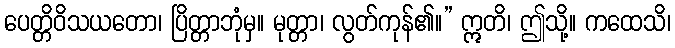
ပေတ္တိဝိသယတော၊ ပြိတ္တာဘုံမှ။ မုတ္တာ၊ လွတ်ကုန်၏။” ဣတိ၊ ဤသို့။ ကထေသိ၊